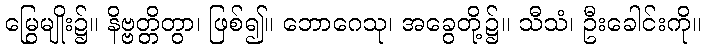
မြွေမျိုး၌။ နိဗ္ဗတ္တိတွာ၊ ဖြစ်၍။ ဘောဂေသု၊ အခွေတို့၌။ သီသံ၊ ဦးခေါင်းကို။